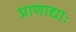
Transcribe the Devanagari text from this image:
प्राणाद्याः